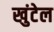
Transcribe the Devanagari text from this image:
खुंटेल